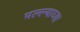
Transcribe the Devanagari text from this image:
मल्ल्याच्या